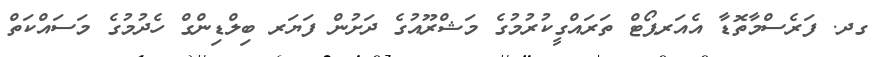
ގދ. ފަރެސްމާތޮޑާ އެއަރޕޯޓް ތަރައްގީކުރުމުގެ މަޝްރޫއުގެ ދަށުން ފަޔަރ ބިލްޑިންގް ހެދުމުގެ މަސައްކަތް